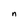
Character: n